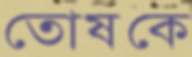
তোষকে